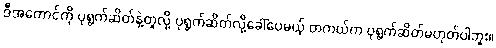
ဒီအကောင်ကို ပုရွက်ဆိတ်နဲ့တူလို့ ပုရွက်ဆိတ်လို့ခေါ်ပေမယ့် တကယ်က ပုရွက်ဆိတ်မဟုတ်ပါဘူး။